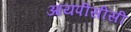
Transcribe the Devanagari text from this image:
आयपीसीसी